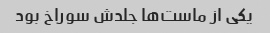
یکی از ماست‌ها جلدش سوراخ بود